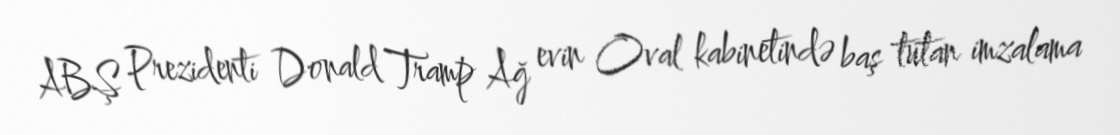
ABŞ Prezidenti Donald Tramp Ağ evin Oval kabinetində baş tutan imzalama